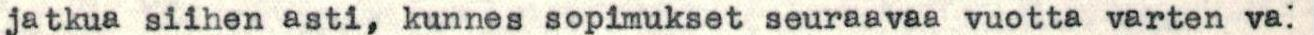
jatkua siihen asti, kunnes sopimukset seuraavaa vuotta varten va: